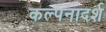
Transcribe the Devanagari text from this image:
कल्पनादर्श